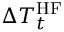
\Delta T _ { t } ^ { \mathrm { H F } }